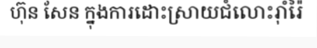
ហ៊ុន សែន ក្នុងការដោះស្រាយជំលោះរ៉ាំរ៉ៃ